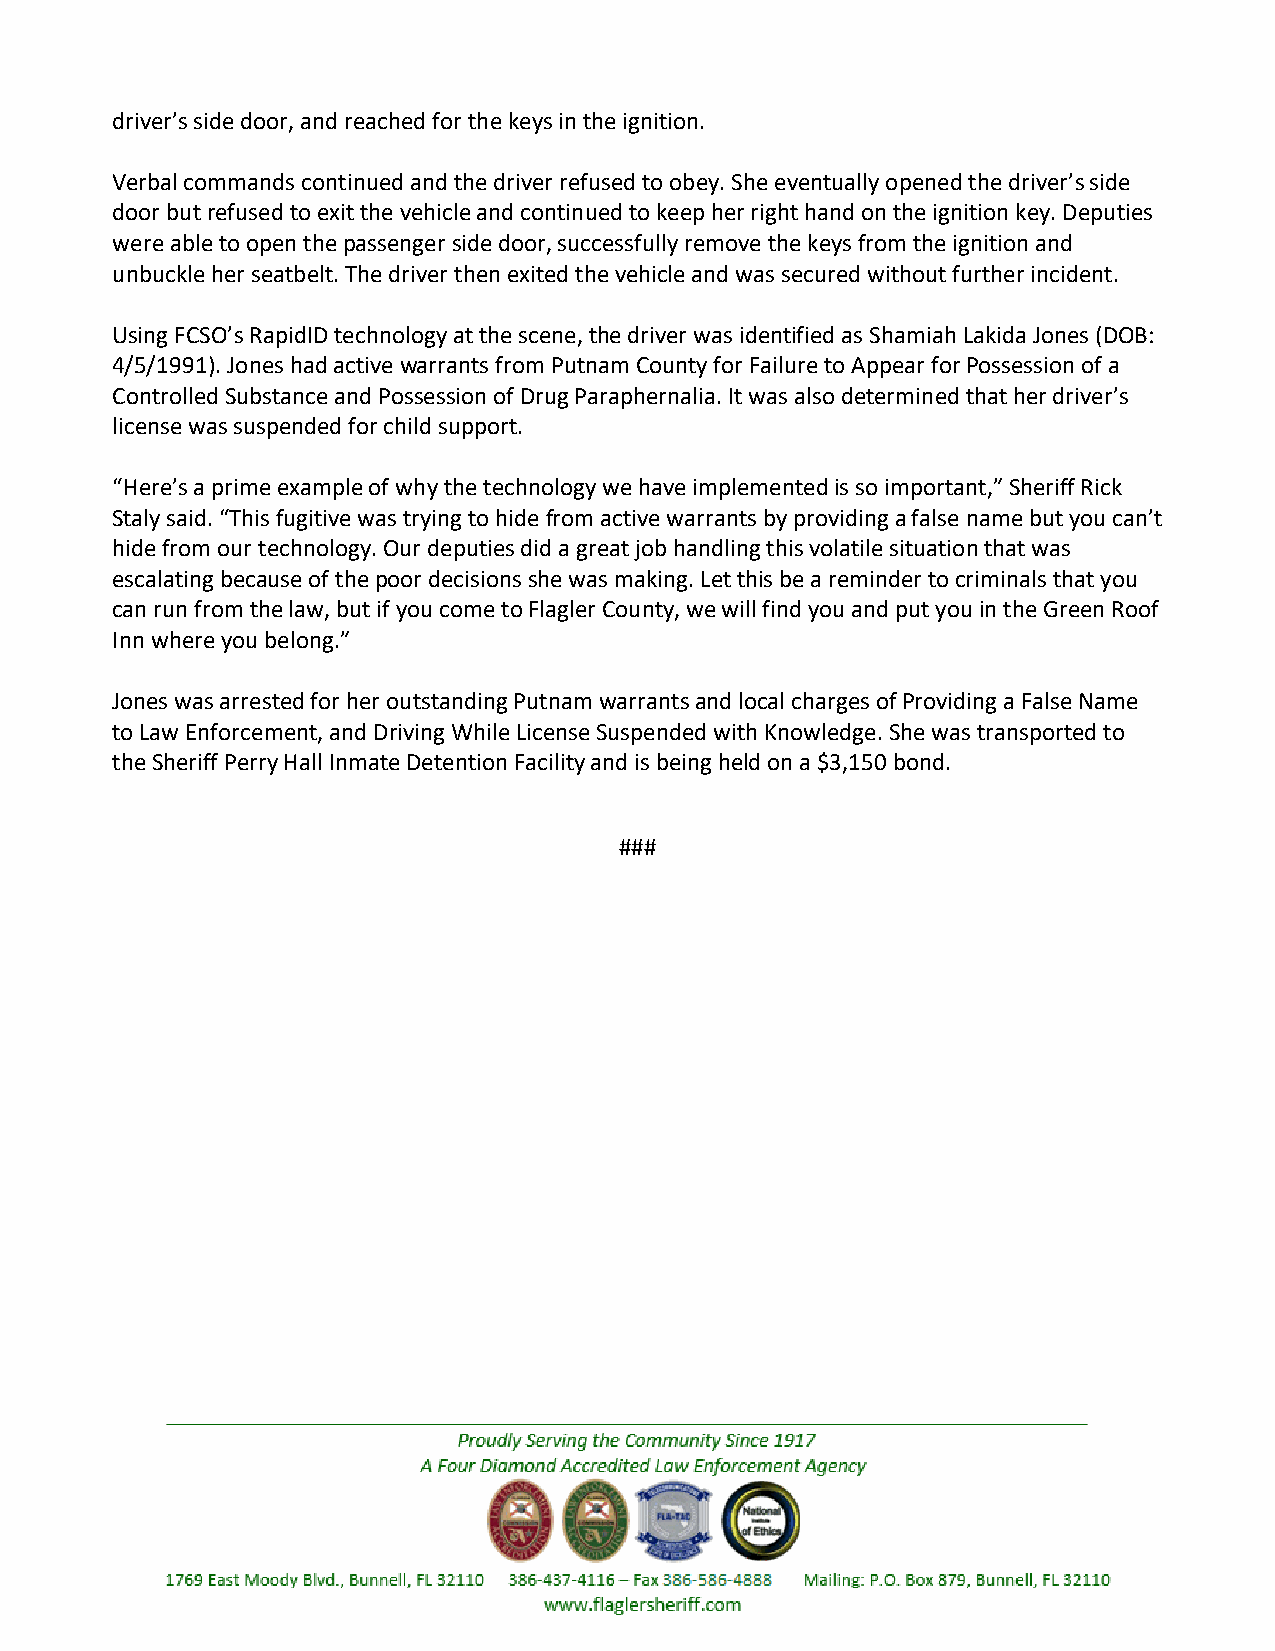
driver’s side door, and reached for the keys in the ignition.
 Verbal commands continued and the driver refused to obey. She eventually opened the driver’s side
 door but refused to exit the vehicle and continued to keep her right hand on the ignition key. Deputies
 were able to open the passenger side door, successfully remove the keys from the ignition and
 unbuckle her seatbelt. The driver then exited the vehicle and was secured without further incident.
 Using FCSO’s RapidID technology at the scene, the driver was identified as Shamiah Lakida Jones (DOB:
 4/5/1991). Jones had active warrants from Putnam County for Failure to Appear for Possession of a
 Controlled Substance and Possession of Drug Paraphernalia. It was also determined that her driver’s
 license was suspended for child support.
 “Here’s a prime example of why the technology we have implemented is so important,” Sheriff Rick
 Staly said. “This fugitive was trying to hide from active warrants by providing a false name but you can’t
 hide from our technology. Our deputies did a great job handling this volatile situation that was
 escalating because of the poor decisions she was making. Let this be a reminder to criminals that you
 can run from the law, but if you come to Flagler County, we will find you and put you in the Green Roof
 Inn where you belong.”
 Jones was arrested for her outstanding Putnam warrants and local charges of Providing a False Name
 to Law Enforcement, and Driving While License Suspended with Knowledge. She was transported to
 the Sheriff Perry Hall Inmate Detention Facility and is being held on a $3,150 bond.
 ###